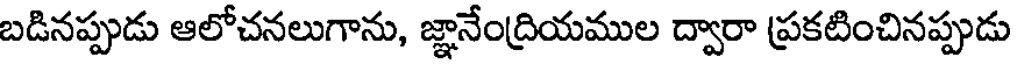
బడినప్పుడు ఆలోచనలుగాను, జ్ఞానేంద్రియముల ద్వారా ప్రకటించినప్పుడు